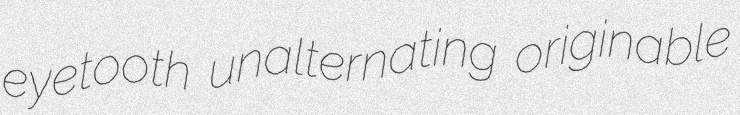
eyetooth unalternating originable